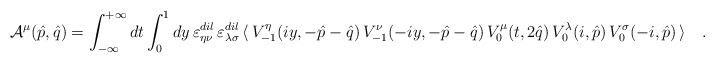
\begin{align*}{\cal A}^\mu(\hat p, \hat q)=\int^{+\infty}_{-\infty} dt \int_0^1 dy\,\varepsilon^{dil}_{\eta\nu}\,\varepsilon^{dil}_{\lambda\sigma}\,\langle\,V_{-1}^\eta(iy,-\hat p-\hat q)\,V_{-1}^\nu(-iy,-\hat p-\hat q)\,V_0^\mu(t, 2\hat q)\,V_0^\lambda(i, \hat p)\,V_0^\sigma(-i, \hat p)\,\rangle\quad.\end{align*}